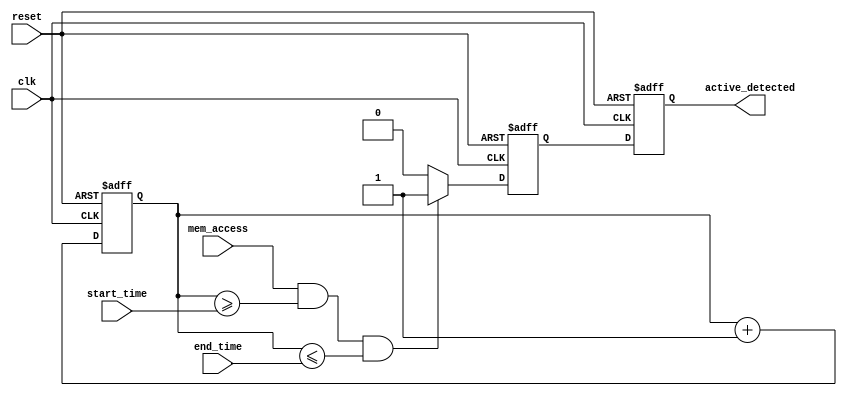
module MemoryBlocksTimeWindowDetector #(
    parameter TIME_WIDTH = 8,  // Width of the time counter
    parameter WINDOW_WIDTH = 8  // Width for start and end time
)(
    input wire clk,              // System clock
    input wire reset,            // Asynchronous reset
    input wire mem_access,       // Memory access signal (read/write)
    input wire [WINDOW_WIDTH-1:0] start_time,  // Start of the time window
    input wire [WINDOW_WIDTH-1:0] end_time,    // End of the time window
    output reg active_detected    // Output signal indicating active access within the window
);

    // Time counter
    reg [TIME_WIDTH-1:0] time_counter;

    // State for active detection
    reg active;

    // Clock process for time counting
    always @(posedge clk or posedge reset) begin
        if (reset) begin
            time_counter <= 0;
            active <= 0;
            active_detected <= 0;
        end else begin
            // Increment time counter
            time_counter <= time_counter + 1;

            // Check for active detection
            if (mem_access && (time_counter >= start_time) && (time_counter <= end_time)) begin
                active <= 1;
            end else begin
                active <= 0;
            end

            // Update the output signal
            active_detected <= active;
        end
    end

endmodule